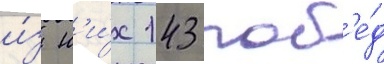
и́з н'и́х 143 поб'е́д